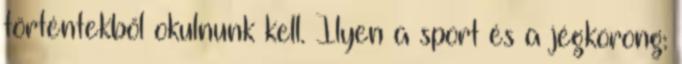
történtekből okulnunk kell. Ilyen a sport és a jégkorong: